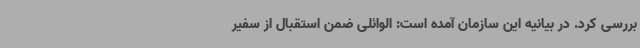
بررسی کرد. در بیانیه این سازمان آمده است: الوائلی ضمن استقبال از سفیر